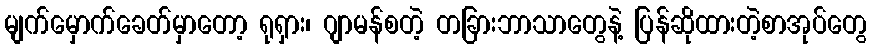
မျက်မှောက်ခေတ်မှာတော့ ရုရှား၊ ဂျာမန်စတဲ့ တခြားဘာသာတွေနဲ့ ပြန်ဆိုထားတဲ့စာအုပ်တွေ